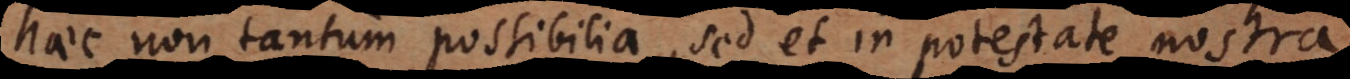
haec non tantum possibilia, sed et in potestate nostra